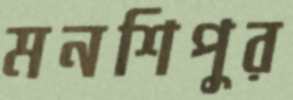
মনশিপুর